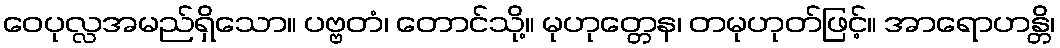
ဝေပုလ္လအမည်ရှိသော။ ပဗ္ဗတံ၊ တောင်သို့။ မုဟုတ္တေန၊ တမုဟုတ်ဖြင့်။ အာရောဟန္တိ၊